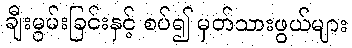
ချီးမွမ်းခြင်းနှင့် စပ်၍ မှတ်သားဖွယ်များ